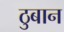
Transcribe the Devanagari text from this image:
ठुबान